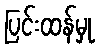
ပြင်းထန်မှု